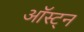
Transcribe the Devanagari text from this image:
ऑस्ट्न